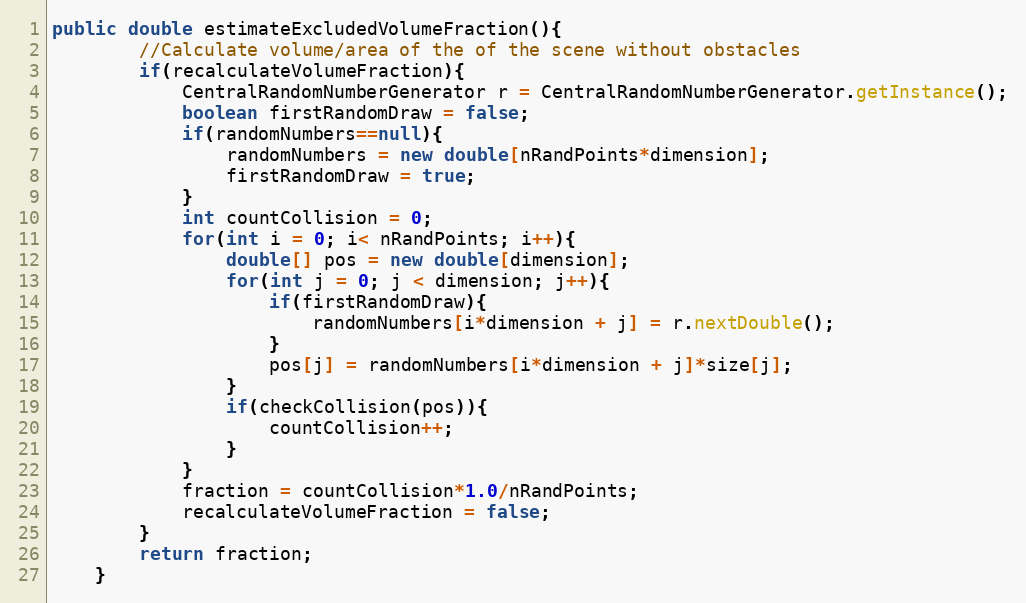
Language: Java
public double estimateExcludedVolumeFraction(){
		//Calculate volume/area of the of the scene without obstacles
		if(recalculateVolumeFraction){
			CentralRandomNumberGenerator r = CentralRandomNumberGenerator.getInstance();
			boolean firstRandomDraw = false;
			if(randomNumbers==null){
				randomNumbers = new double[nRandPoints*dimension];
				firstRandomDraw = true;
			}
			int countCollision = 0;
			for(int i = 0; i< nRandPoints; i++){
				double[] pos = new double[dimension];
				for(int j = 0; j < dimension; j++){
					if(firstRandomDraw){
						randomNumbers[i*dimension + j] = r.nextDouble();
					}
					pos[j] = randomNumbers[i*dimension + j]*size[j];
				}
				if(checkCollision(pos)){
					countCollision++;
				}
			}
			fraction = countCollision*1.0/nRandPoints;
			recalculateVolumeFraction = false;
		}
		return fraction;
	}